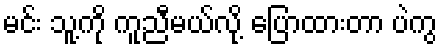
မင်း သူ့ကို ကူညီမယ်လို့ ပြောထားတာ ပဲကွ